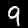
Label: 9